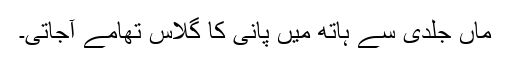
ماں جلدی سے ہاتھ میں پانی کا گلاس تھامے آجاتی۔